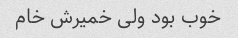
خوب بود ولی خمیرش خام